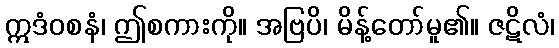
ဣဒံဝစနံ၊ ဤစကားကို။ အဗြပိ၊ မိန့်တော်မူ၏။ ဇဋိလံ၊